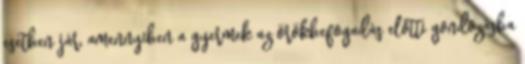
esetben jár, amennyiben a gyermek az örökbefogadás előtti gondozásba